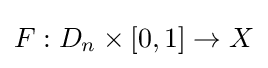
F:D_{n}\times [0,1]\to X